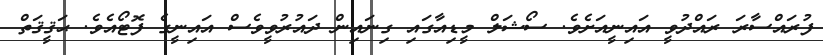
ފުރައްސާރަ ރައްދުވީ އައިނީއަށެވެ. ސޯޝަލް މީޑިއާގައި ގިނައިން ދައުރުވީވެސް އައިނީގެ ފޮޓޯއެވެ. ޙަޤީޤަތް